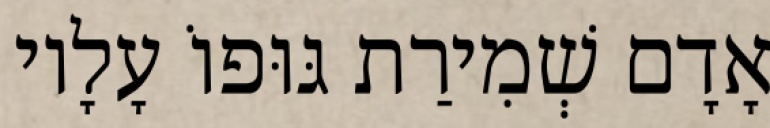
אָדָם שְׁמִירַת גּוּפוֹ עָלָיו